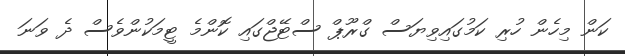
ކަން މިހެން ހުރި ކަމުގައިވިޔަސް ގްރޫޕް ސްޓޭޖްގައި ކޮންމެ ޓީމަކުންވެސް ދެ ވަނަ